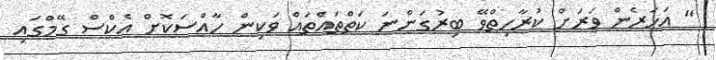
" އަހަރެން ވަރަށް ކުރާހިތްވޭ ބިރުގަންނަ ކަތްތައްތައް ވަކިން ހާއްސަކޮށް އެކްސް ގޭމްގައި